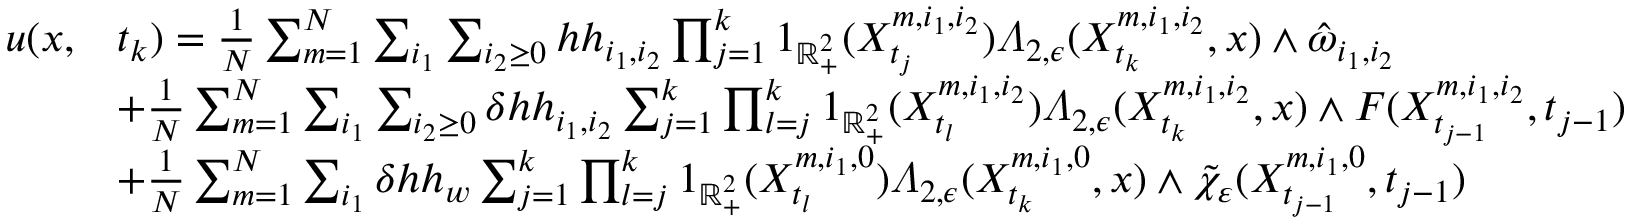
\begin{array} { r l } { u ( x , } & { t _ { k } ) = \frac { 1 } { N } \sum _ { m = 1 } ^ { N } \sum _ { i _ { 1 } } \sum _ { i _ { 2 } \geq 0 } h h _ { i _ { 1 } , i _ { 2 } } \prod _ { j = 1 } ^ { k } 1 _ { \mathbb { R } _ { + } ^ { 2 } } ( X _ { t _ { j } } ^ { m , i _ { 1 } , i _ { 2 } } ) \varLambda _ { 2 , \epsilon } ( X _ { t _ { k } } ^ { m , i _ { 1 } , i _ { 2 } } , x ) \wedge \hat { \omega } _ { i _ { 1 } , i _ { 2 } } } \\ & { + \frac { 1 } { N } \sum _ { m = 1 } ^ { N } \sum _ { i _ { 1 } } \sum _ { i _ { 2 } \geq 0 } \delta h h _ { i _ { 1 } , i _ { 2 } } \sum _ { j = 1 } ^ { k } \prod _ { l = j } ^ { k } 1 _ { \mathbb { R } _ { + } ^ { 2 } } ( X _ { t _ { l } } ^ { m , i _ { 1 } , i _ { 2 } } ) \varLambda _ { 2 , \epsilon } ( X _ { t _ { k } } ^ { m , i _ { 1 } , i _ { 2 } } , x ) \wedge F ( X _ { t _ { j - 1 } } ^ { m , i _ { 1 } , i _ { 2 } } , t _ { j - 1 } ) } \\ & { + \frac { 1 } { N } \sum _ { m = 1 } ^ { N } \sum _ { i _ { 1 } } \delta h h _ { w } \sum _ { j = 1 } ^ { k } \prod _ { l = j } ^ { k } 1 _ { \mathbb { R } _ { + } ^ { 2 } } ( X _ { t _ { l } } ^ { m , i _ { 1 } , 0 } ) \varLambda _ { 2 , \epsilon } ( X _ { t _ { k } } ^ { m , i _ { 1 } , 0 } , x ) \wedge \tilde { \chi } _ { \varepsilon } ( X _ { t _ { j - 1 } } ^ { m , i _ { 1 } , 0 } , t _ { j - 1 } ) } \end{array}